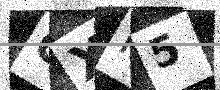
Text: OXR5